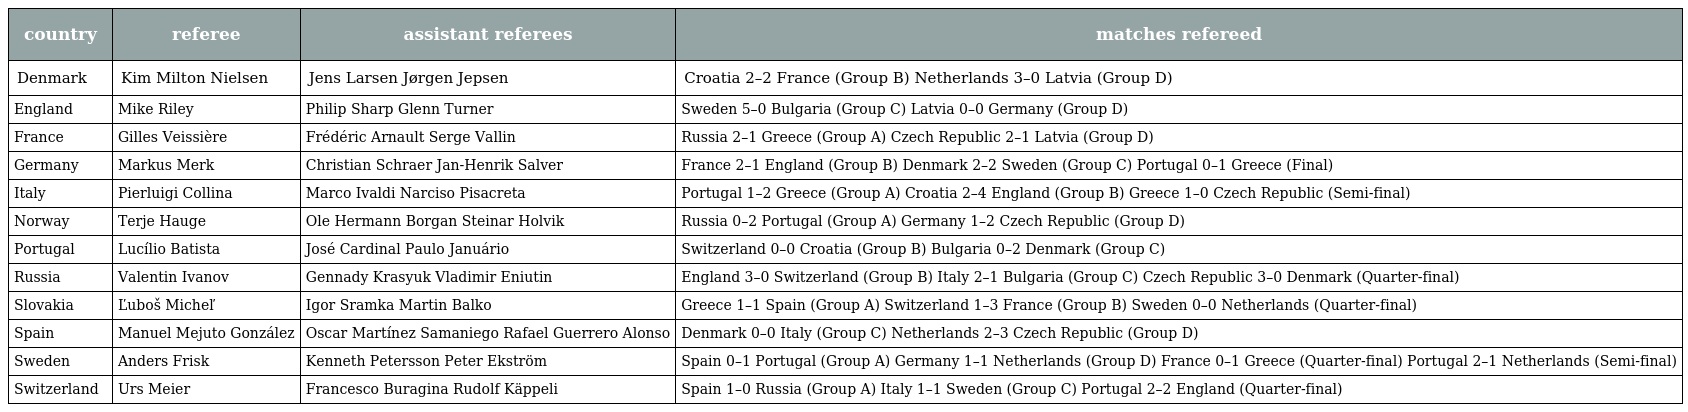
| country | referee | assistant referees | matches refereed |
 | --- | --- | --- | --- |
 | Denmark | Kim Milton Nielsen | Jens Larsen Jørgen Jepsen | Croatia 2–2 France (Group B) Netherlands 3–0 Latvia (Group D) |
 | England | Mike Riley | Philip Sharp Glenn Turner | Sweden 5–0 Bulgaria (Group C) Latvia 0–0 Germany (Group D) |
 | France | Gilles Veissière | Frédéric Arnault Serge Vallin | Russia 2–1 Greece (Group A) Czech Republic 2–1 Latvia (Group D) |
 | Germany | Markus Merk | Christian Schraer Jan-Henrik Salver | France 2–1 England (Group B) Denmark 2–2 Sweden (Group C) Portugal 0–1 Greece (Final) |
 | Italy | Pierluigi Collina | Marco Ivaldi Narciso Pisacreta | Portugal 1–2 Greece (Group A) Croatia 2–4 England (Group B) Greece 1–0 Czech Republic (Semi-final) |
 | Norway | Terje Hauge | Ole Hermann Borgan Steinar Holvik | Russia 0–2 Portugal (Group A) Germany 1–2 Czech Republic (Group D) |
 | Portugal | Lucílio Batista | José Cardinal Paulo Januário | Switzerland 0–0 Croatia (Group B) Bulgaria 0–2 Denmark (Group C) |
 | Russia | Valentin Ivanov | Gennady Krasyuk Vladimir Eniutin | England 3–0 Switzerland (Group B) Italy 2–1 Bulgaria (Group C) Czech Republic 3–0 Denmark (Quarter-final) |
 | Slovakia | Ľuboš Micheľ | Igor Sramka Martin Balko | Greece 1–1 Spain (Group A) Switzerland 1–3 France (Group B) Sweden 0–0 Netherlands (Quarter-final) |
 | Spain | Manuel Mejuto González | Oscar Martínez Samaniego Rafael Guerrero Alonso | Denmark 0–0 Italy (Group C) Netherlands 2–3 Czech Republic (Group D) |
 | Sweden | Anders Frisk | Kenneth Petersson Peter Ekström | Spain 0–1 Portugal (Group A) Germany 1–1 Netherlands (Group D) France 0–1 Greece (Quarter-final) Portugal 2–1 Netherlands (Semi-final) |
 | Switzerland | Urs Meier | Francesco Buragina Rudolf Käppeli | Spain 1–0 Russia (Group A) Italy 1–1 Sweden (Group C) Portugal 2–2 England (Quarter-final) |